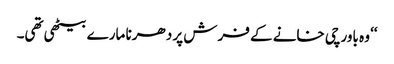
‘‘ وہ باورچی خانے کے فرش پر دھرنا مارے بیٹھی تھی۔